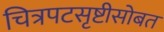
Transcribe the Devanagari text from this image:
चित्रपटसृष्टीसोबत